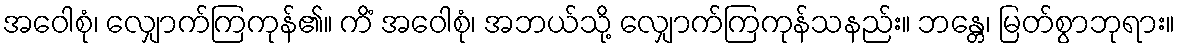
အဝေါစုံ၊ လျှောက်ကြကုန်၏။ ကိံ အဝေါစုံ၊ အဘယ်သို့ လျှောက်ကြကုန်သနည်း။ ဘန္တေ၊ မြတ်စွာဘုရား။